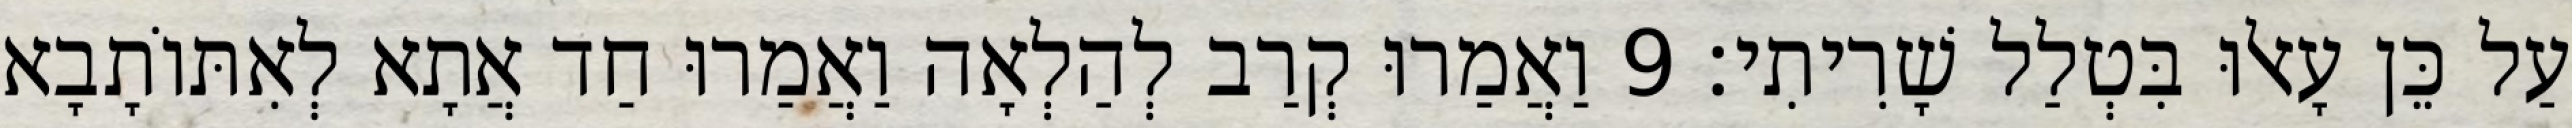
עַל כֵּן עָאלוּ בִּטְלַל שָׁרִיתִי׃ 9 וַאֲמַרוּ קְרַב לְהַלְאָה וַאֲמַרוּ חַד אֲתָא לְאִתּוֹתָבָא